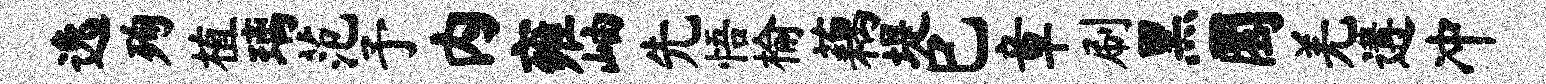
逸殉植璃范予内雍岫先悟榆藕堤巳章刷黑圜羌遘冲